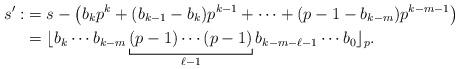
LaTeX: \begin{align*} s' :&=s-\big(b_kp^k+(b_{k-1}-b_k)p^{k-1}+\cdots+(p-1-b_{k-m})p^{k-m-1}\big)\\&= \lfloor b_k \cdots b_{k-m} \underbracket[0.1ex]{(p-1) \cdots (p-1)}_{\ell-1} b_{k-m-\ell-1} \cdots b_0 \rfloor_p .\end{align*}